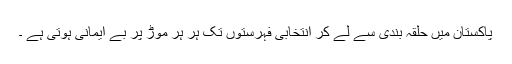
پاکستان میں حلقہ بندی سے لے کر انتخابی فہرستوں تک ہر ہر موڑ پر بے ایمانی ہوتی ہے ۔